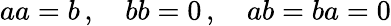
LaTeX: \textstyle aa=b\, ,\quad bb=0\, ,\quad ab=ba=0